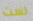
لست